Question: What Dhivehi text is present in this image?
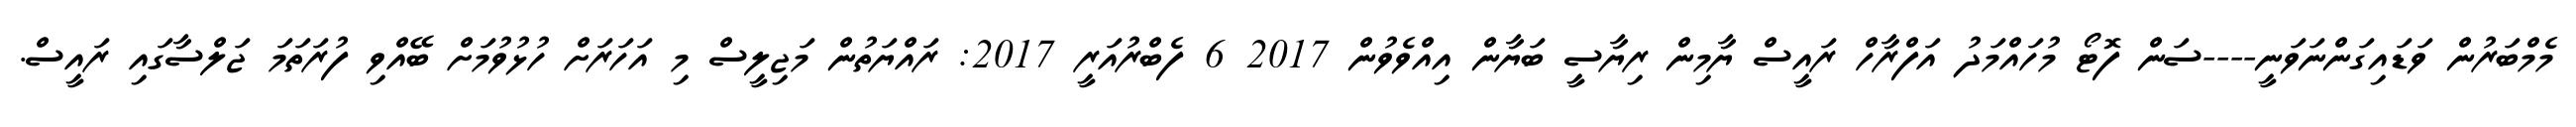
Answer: މެމްބަރުން ވަޑައިގަންނަވަނީ----ސަން ފޮޓޯ މުހައްމަދު އަފްރާހް ރައީސް ޔާމިން ރިޔާސީ ބަޔާން އިއްވެވުން 2017 6 ފެބްރުއަރީ 2017: ރައްޔަތުން މަޖިލީސް މި އަހަރަށް ހުޅުވުމަށް ބޭއްވި ފުރަތަމަ ޖަލްސާގައި ރައީސް.